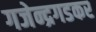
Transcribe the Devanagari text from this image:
गजेन्द्रगडकर